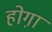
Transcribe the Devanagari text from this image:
होगा़